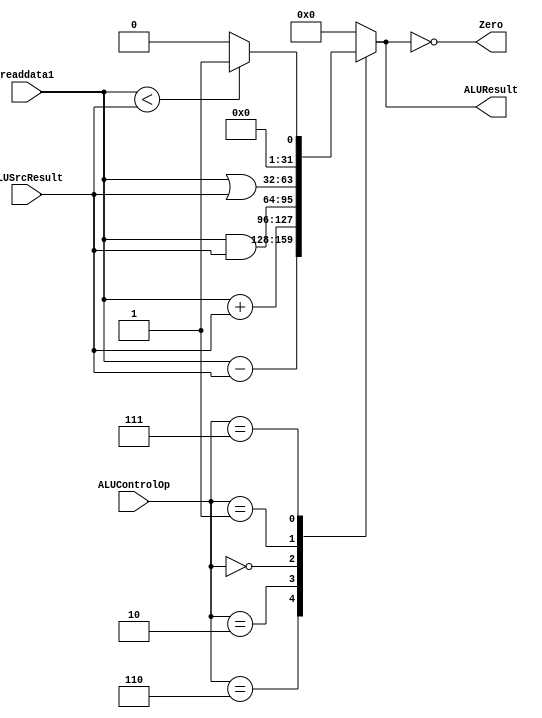
module ALU (
    input [31:0] ALUSrcResult,
    input [31:0] readdata1,
    input [3:0] ALUControlOp,
    output Zero,
    output [31:0] ALUResult
);
    reg [31:0] result;

    always @* begin
        case (ALUControlOp)
            // Branch equal: Subtract
            4'b0110: result = readdata1 - ALUSrcResult;
            // R-type Add: Add
            4'b0010: result = readdata1 + ALUSrcResult;
            // R-type AND: AND
            4'b0000: result = readdata1 & ALUSrcResult;
            // R-type OR: OR
            4'b0001: result = readdata1 | ALUSrcResult;
            // R-type Set on less than: SLT
            4'b0111: result = (readdata1 < ALUSrcResult) ? 32'b1 : 32'b0;
            // Load word: Add base address and offset
            default: result = 32'b0; // Default to 0 for unsupported operations
        endcase
    end

    assign Zero = (result == 32'b0); // Output zero flag
    assign ALUResult = result; // Output ALU result

endmodule